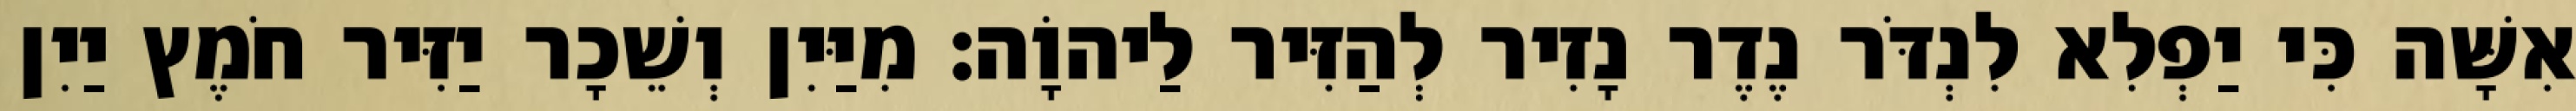
אִשָּׁה כִּי יַפְלִא לִנְדֹּר נֶדֶר נָזִיר לְהַזִּיר לַיהוָֹה׃ מִיַּיִן וְשֵׁכָר יַזִּיר חֹמֶץ יַיִן